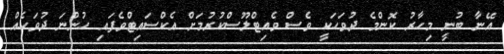
އޭނާ ބުނީ މިހާރު ކޮންމެ ދުވަހަކީ ވެސް ވެއިޓްލޫސްކުރުމަށް އެކްސައިޓްވެފައި ހުންނަ ދުވަހެއް